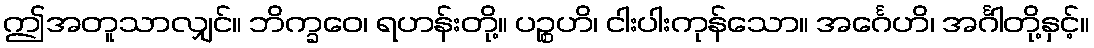
ဤအတူသာလျှင်။ ဘိက္ခဝေ၊ ရဟန်းတို့။ ပဉ္စဟိ၊ ငါးပါးကုန်သော။ အင်္ဂေဟိ၊ အင်္ဂါတို့နှင့်။